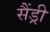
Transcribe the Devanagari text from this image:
सैंड्री